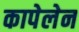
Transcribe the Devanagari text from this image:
कापेलेन